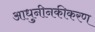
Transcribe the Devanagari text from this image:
आधुनीनकीकरण